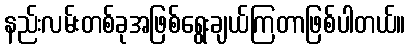
နည်းလမ်းတစ်ခုအဖြစ်ရွေးချယ်ကြတာဖြစ်ပါတယ်။